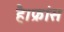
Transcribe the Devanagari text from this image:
है।फ्रांस